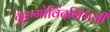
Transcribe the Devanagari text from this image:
गुरुगोविंदसिंगजी